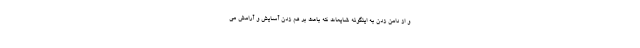
و از دامن زدن به اینگونه شایعات که باعث بر هم زدن آسایش و آرامش می